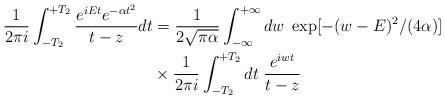
LaTeX: \begin{align*}\frac{1}{2\pi i}\int_{-T_2}^{+T_2}\frac{e^{iEt}e^{-\alpha t^2}}{t-z}dt&=\frac{1}{2\sqrt{\pi \alpha}}\int_{-\infty}^{+\infty}dw\; \exp[-(w-E)^2/(4\alpha)]\\ &\times\frac{1}{2\pi i}\int_{-T_2}^{+T_2}dt\; \frac{e^{iwt}}{t-z}\end{align*}